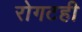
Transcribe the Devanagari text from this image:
रोगटही